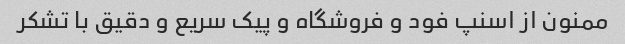
ممنون از اسنپ فود و فروشگاه و پیک سریع و دقیق با تشکر